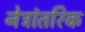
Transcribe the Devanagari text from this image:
नेत्रांतरिक